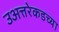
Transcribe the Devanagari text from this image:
उअत्तरेकडच्या